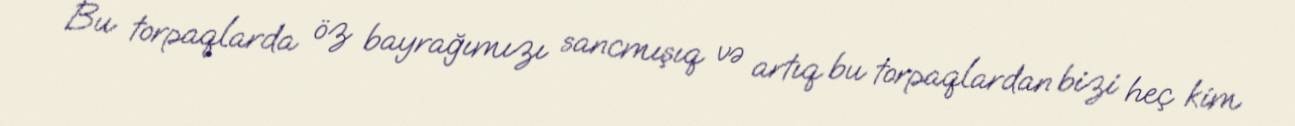
Bu torpaqlarda öz bayrağımızı sancmışıq və artıq bu torpaqlardan bizi heç kim